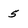
Character: 5